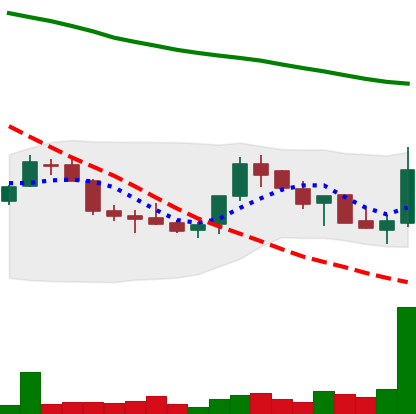
Ticker: LINK-USD
Chart end date: 2018-07-25
Forward return: 30.596%
Label: up_7plus